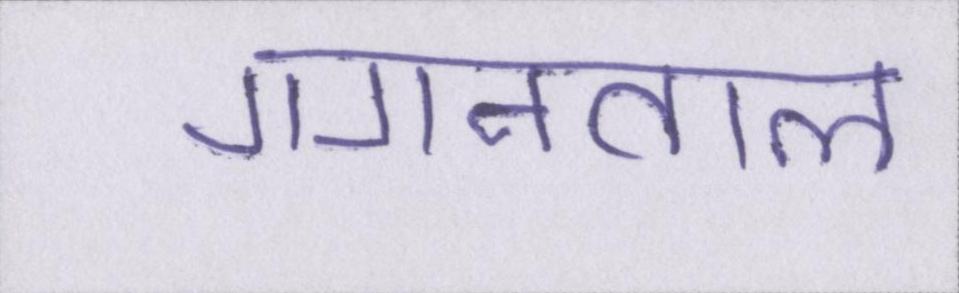
गगनताल